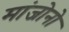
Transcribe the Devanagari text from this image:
मांजोनो